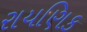
રાયણિક